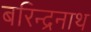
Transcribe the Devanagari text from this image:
बरिन्द्रनाथ